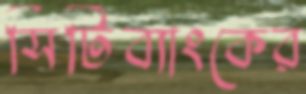
সিটিব্যাংকের